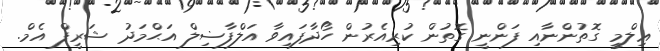
ޢިލްމީ ގޮތުންނާއި ފަންނީ ގޮތުން ކުރިއެރުން ހޯދާފައިވާ އަލްފާޟިލް އަޙްމަދު ޝަރީފް އެމް.